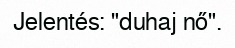
Jelentés: "duhaj nő".